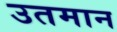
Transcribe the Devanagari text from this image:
उतमान